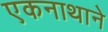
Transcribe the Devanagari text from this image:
एकनाथाने